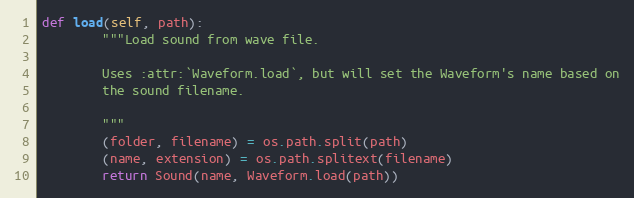
Language: Python
def load(self, path):
        """Load sound from wave file.

        Uses :attr:`Waveform.load`, but will set the Waveform's name based on
        the sound filename.

        """
        (folder, filename) = os.path.split(path)
        (name, extension) = os.path.splitext(filename)
        return Sound(name, Waveform.load(path))